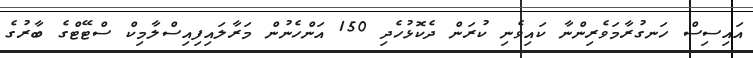
އައިސިސް ހަނގުރާމަވެރިންނާ ކައިވެނި ކުރަން ދެކޮޅުހެދި 150 އަންހެނުން މަރާލައިފިއިސްލާމިކް ސްޓޭޓްގެ ބާރުގެ